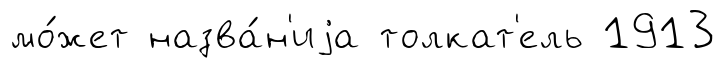
мо́жет назва́н'иjа толкат'ель 1913